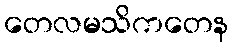
တေလမသိကတေန